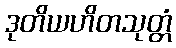
ဒုတိယဟိတသုတ္တံ